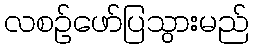
လစဉ်ဖော်ပြသွားမည်